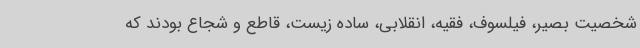
شخصیت بصیر، فیلسوف، فقیه، انقلابی، ساده زیست، قاطع و شجاع بودند که